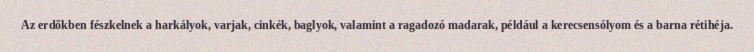
Az erdőkben fészkelnek a harkályok, varjak, cinkék, baglyok, valamint a ragadozó madarak, például a kerecsensólyom és a barna rétihéja.